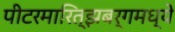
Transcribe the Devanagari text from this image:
पीटरमारित्झबर्गमध्ये